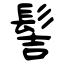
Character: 髻